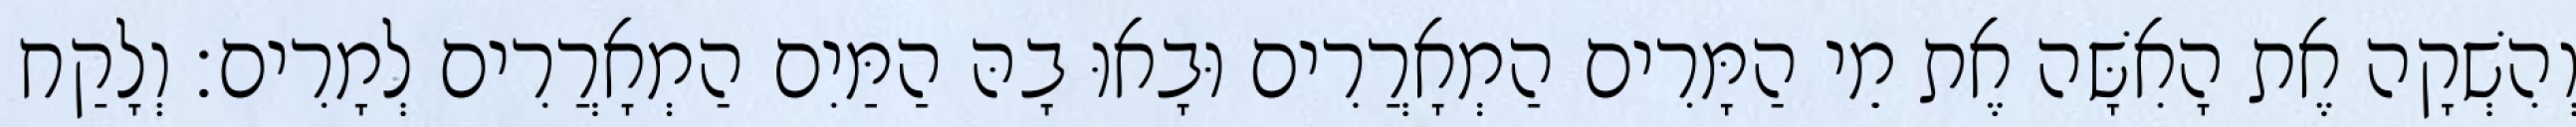
וְהִשְׁקָה אֶת הָאִשָּׁה אֶת מֵי הַמָּרִים הַמְאָרֲרִים וּבָאוּ בָהּ הַמַּיִם הַמְאָרֲרִים לְמָרִים׃ וְלָקַח